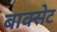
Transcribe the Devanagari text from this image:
बाक्सेट